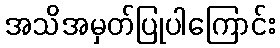
အသိအမှတ်ပြုပါကြောင်း